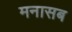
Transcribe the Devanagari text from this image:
मनासब